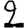
Digit: 2